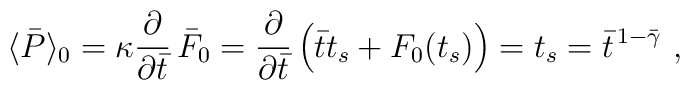
\langle\bar{P}\rangle_0 =\kappa {\partial\over\partial\bar{t}}\,\bar{F}_0={\partial\over\partial\bar{t}}\,\Bigl(\bar{t}t_s+F_0(t_s)\Bigr)= t_s=\bar{t}^{\,1-\bar\gamma} \ ,